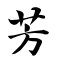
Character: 芳